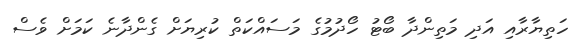
ހަތިޔާރާއި އަދި މަތިންދާ ބޯޓު ހޯދުމުގެ މަސައްކަތް ކުރިޔަށް ގެންދާނެ ކަމަށް ވެސް